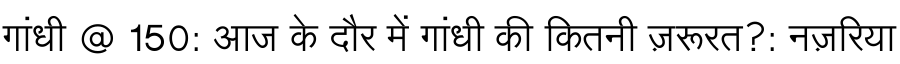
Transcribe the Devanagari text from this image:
गांधी @ 150: आज के दौर में गांधी की कितनी ज़रूरत?: नज़रिया